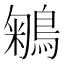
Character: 鵴